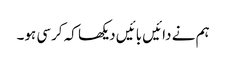
ہم نے دائیں بائیں دیکھا کہ کرسی ہو۔